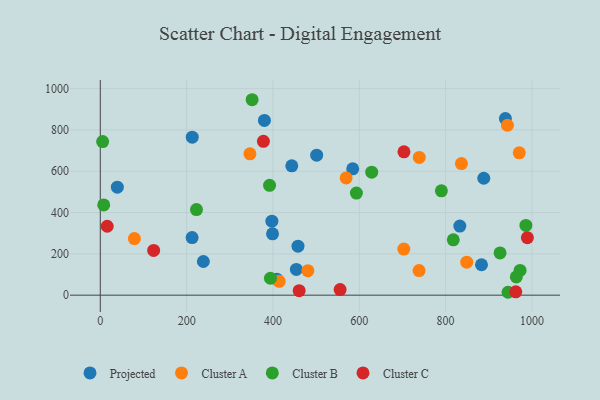
{"axis": {"x": "Distance", "y": "Yield"}, "legend": ["Cluster A", "Cluster B", "Cluster C", "Projected"], "data": [{"x": "832.9", "y": 334.4, "type": "Projected"}, {"x": "454.2", "y": 124.4, "type": "Projected"}, {"x": "938.5", "y": 855.0, "type": "Projected"}, {"x": "213.0", "y": 764.8, "type": "Projected"}, {"x": "501.3", "y": 677.7, "type": "Projected"}, {"x": "409.0", "y": 77.6, "type": "Projected"}, {"x": "458.0", "y": 237.1, "type": "Projected"}, {"x": "380.2", "y": 846.0, "type": "Projected"}, {"x": "212.7", "y": 278.6, "type": "Projected"}, {"x": "443.6", "y": 626.3, "type": "Projected"}, {"x": "397.5", "y": 358.3, "type": "Projected"}, {"x": "888.4", "y": 566.0, "type": "Projected"}, {"x": "39.5", "y": 522.9, "type": "Projected"}, {"x": "238.8", "y": 163.0, "type": "Projected"}, {"x": "883.1", "y": 147.2, "type": "Projected"}, {"x": "399.0", "y": 297.0, "type": "Projected"}, {"x": "584.8", "y": 611.8, "type": "Projected"}, {"x": "970.6", "y": 689.2, "type": "Cluster A"}, {"x": "848.9", "y": 159.9, "type": "Cluster A"}, {"x": "346.7", "y": 684.1, "type": "Cluster A"}, {"x": "836.6", "y": 637.2, "type": "Cluster A"}, {"x": "943.2", "y": 822.6, "type": "Cluster A"}, {"x": "738.5", "y": 119.1, "type": "Cluster A"}, {"x": "739.0", "y": 666.8, "type": "Cluster A"}, {"x": "480.9", "y": 118.4, "type": "Cluster A"}, {"x": "569.5", "y": 567.7, "type": "Cluster A"}, {"x": "414.4", "y": 66.9, "type": "Cluster A"}, {"x": "703.2", "y": 223.2, "type": "Cluster A"}, {"x": "79.0", "y": 273.9, "type": "Cluster A"}, {"x": "593.3", "y": 494.4, "type": "Cluster B"}, {"x": "963.8", "y": 88.3, "type": "Cluster B"}, {"x": "972.5", "y": 119.8, "type": "Cluster B"}, {"x": "790.2", "y": 505.1, "type": "Cluster B"}, {"x": "986.0", "y": 337.8, "type": "Cluster B"}, {"x": "628.8", "y": 595.5, "type": "Cluster B"}, {"x": "7.9", "y": 437.0, "type": "Cluster B"}, {"x": "392.1", "y": 531.9, "type": "Cluster B"}, {"x": "5.4", "y": 743.5, "type": "Cluster B"}, {"x": "817.8", "y": 268.0, "type": "Cluster B"}, {"x": "926.1", "y": 204.3, "type": "Cluster B"}, {"x": "351.7", "y": 946.2, "type": "Cluster B"}, {"x": "222.8", "y": 414.4, "type": "Cluster B"}, {"x": "394.1", "y": 81.8, "type": "Cluster B"}, {"x": "944.6", "y": 14.0, "type": "Cluster B"}, {"x": "123.6", "y": 216.7, "type": "Cluster C"}, {"x": "703.5", "y": 693.9, "type": "Cluster C"}, {"x": "16.0", "y": 333.7, "type": "Cluster C"}, {"x": "962.5", "y": 16.2, "type": "Cluster C"}, {"x": "989.4", "y": 278.2, "type": "Cluster C"}, {"x": "460.7", "y": 21.8, "type": "Cluster C"}, {"x": "377.9", "y": 744.9, "type": "Cluster C"}, {"x": "555.6", "y": 26.9, "type": "Cluster C"}]}